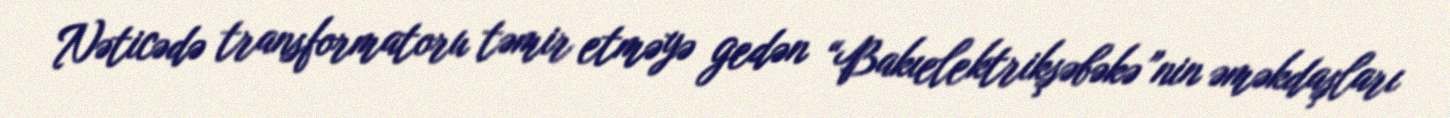
Nəticədə transformatoru təmir etməyə gedən “Bakıelektrikşəbəkə”nin əməkdaşları